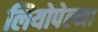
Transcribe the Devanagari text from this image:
लियोपेल्मा